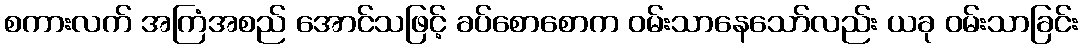
စကားလက် အကြံအစည် အောင်သဖြင့် ခပ်စောစောက ဝမ်းသာနေသော်လည်း ယခု ဝမ်းသာခြင်း